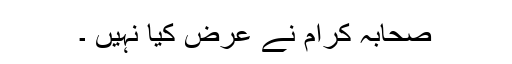
صحابہ کرام نے عرض کیا نہیں ۔